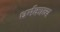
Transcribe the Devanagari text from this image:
धर्मकाव्य